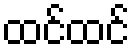
ထင်ထင်